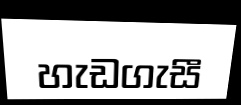
හැඩගැසී